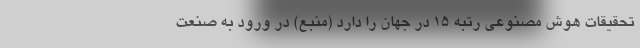
تحقیقات هوش مصنوعی رتبه ۱۵ در جهان را دارد (منبع)‌ در ورود به صنعت